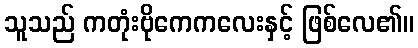
သူသည် ကတုံးဗိုကေကလေးနှင့် ဖြစ်လေ၏။